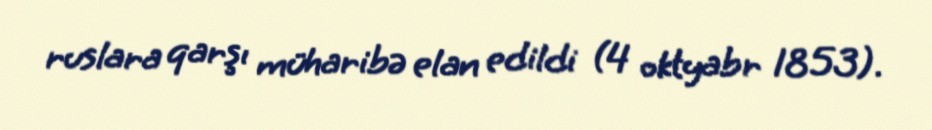
ruslara qarşı müharibə elan edildi (4 oktyabr 1853).